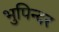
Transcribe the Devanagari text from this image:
भुपिन्दर